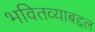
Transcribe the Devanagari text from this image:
भवितव्याबद्दल